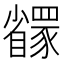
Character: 𬥇